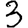
Digit: 3